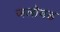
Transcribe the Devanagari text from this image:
जलोयड